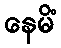
နေမိံ